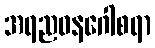
အရညဝနဂေါစရာ